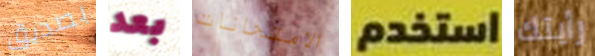
بصديق بعد الامتحانات استخدم رأيتك